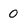
Character: 0